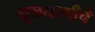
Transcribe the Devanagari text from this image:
धूळधाणीचे